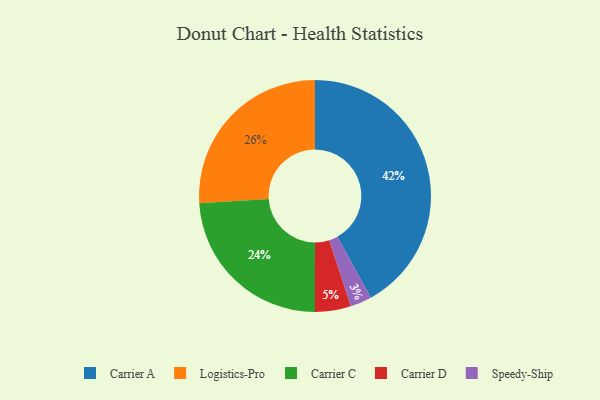
{"axis": {"x": "Category", "y": "Percentage"}, "legend": ["Carrier A", "Carrier C", "Carrier D", "Logistics-Pro", "Speedy-Ship"], "data": [{"x": "Carrier D", "y": 5, "type": "Carrier D"}, {"x": "Carrier C", "y": 24, "type": "Carrier C"}, {"x": "Carrier A", "y": 42, "type": "Carrier A"}, {"x": "Logistics-Pro", "y": 26, "type": "Logistics-Pro"}, {"x": "Speedy-Ship", "y": 3, "type": "Speedy-Ship"}]}